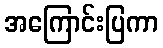
အကြောင်းပြကာ